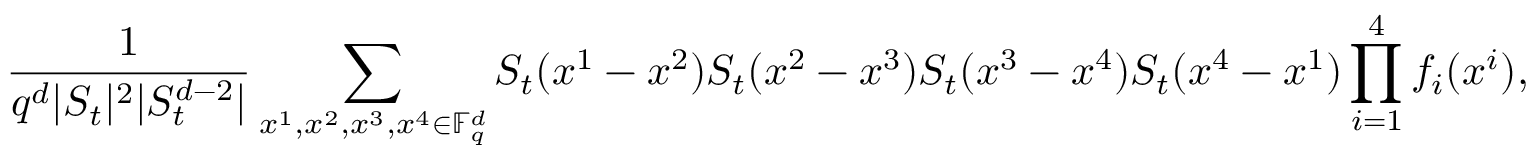
\frac { 1 } { q ^ { d } | S _ { t } | ^ { 2 } | S _ { t } ^ { d - 2 } | } \sum _ { x ^ { 1 } , x ^ { 2 } , x ^ { 3 } , x ^ { 4 } \in \mathbb F _ { q } ^ { d } } S _ { t } ( x ^ { 1 } - x ^ { 2 } ) S _ { t } ( x ^ { 2 } - x ^ { 3 } ) S _ { t } ( x ^ { 3 } - x ^ { 4 } ) S _ { t } ( x ^ { 4 } - x ^ { 1 } ) \prod _ { i = 1 } ^ { 4 } f _ { i } ( x ^ { i } ) ,